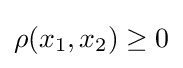
\rho (x_{1},x_{2})\geq 0